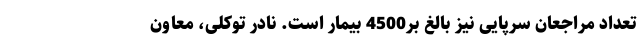
تعداد مراجعان سرپایی نیز بالغ بر4500 بیمار است. نادر توکلی، معاون